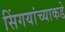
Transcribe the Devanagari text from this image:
सिंगयांच्याकडे